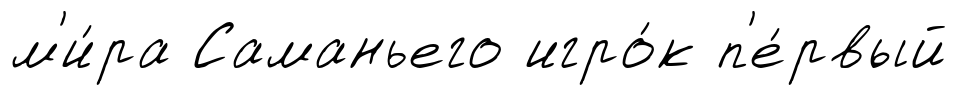
м'и́ра Саманьего игро́к п'е́рвый